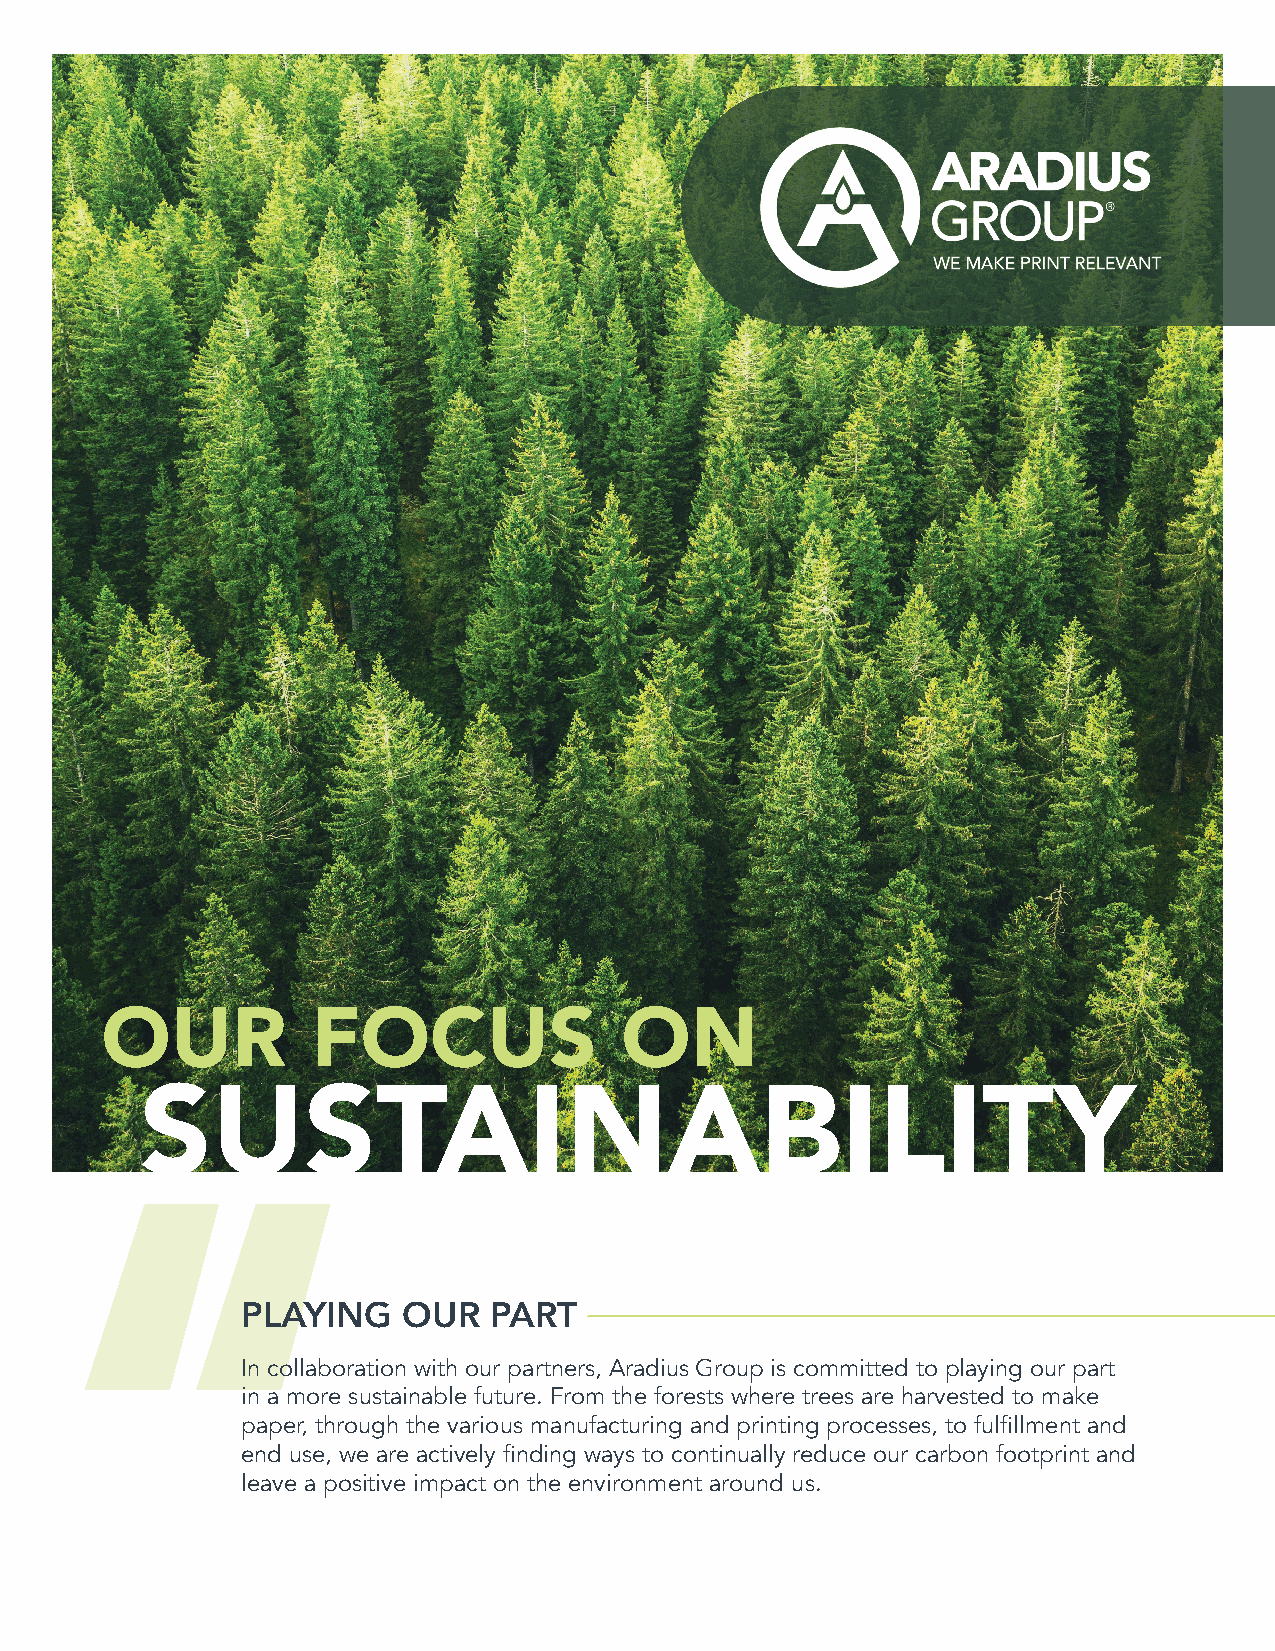
OUR           FOCUS               ON
 SUSTAINABILITY
 PLAYING    OUR  PART
 In collaboration with our partners, Aradius Group is committed to playing our part
 in a more sustainable future. From the forests where trees are harvested to make
 paper, through the various manufacturing and printing processes, to fulfillment and
 end use, we are actively finding ways to continually reduce our carbon footprint and
 leave a positive impact on the environment around us.